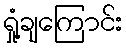
ရှုံ့ချကြောင်း